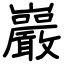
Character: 巖